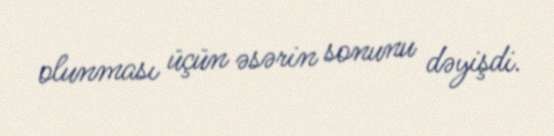
olunması üçün əsərin sonunu dəyişdi.